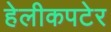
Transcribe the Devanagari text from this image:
हेलीकपटेर